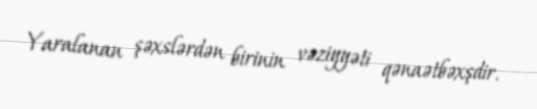
Yaralanan şəxslərdən birinin vəziyyəti qənaətbəxşdir.